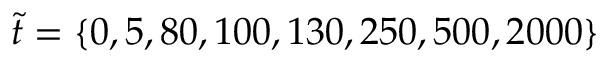
\tilde { t } = \{ 0 , 5 , 8 0 , 1 0 0 , 1 3 0 , 2 5 0 , 5 0 0 , 2 0 0 0 \}